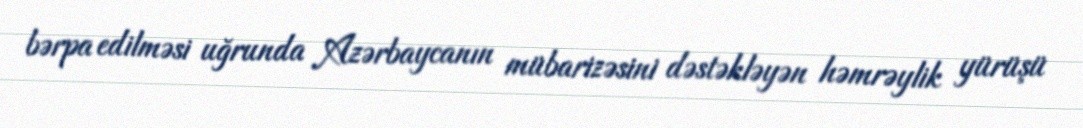
bərpa edilməsi uğrunda Azərbaycanın mübarizəsini dəstəkləyən həmrəylik yürüşü